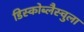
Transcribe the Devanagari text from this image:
डिस्कोब्लैस्चुला